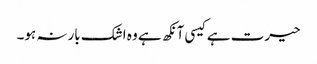
حیرت ہے کیسی آنکھ ہے وہ اشک بارنہ ہو۔